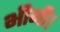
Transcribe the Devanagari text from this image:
भीगी।